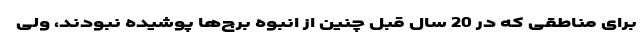
برای مناطقی که در 20 سال قبل چنین از انبوه برج‌ها پوشیده نبودند، ولی